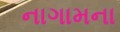
નાગામના